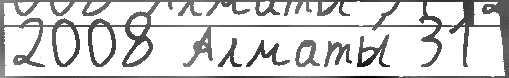
2008 Алматы́ 31